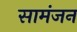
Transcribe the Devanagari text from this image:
सामंजन